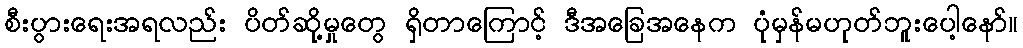
စီးပွားရေးအရလည်း ပိတ်ဆို့မှုတွေ ရှိတာကြောင့် ဒီအခြေအနေက ပုံမှန်မဟုတ်ဘူးပေါ့နော်။